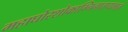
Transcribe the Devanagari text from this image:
महाघोरशोकाग्निनातप्यमानं